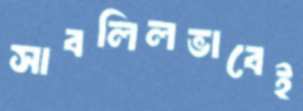
সাবলিলভাবেই